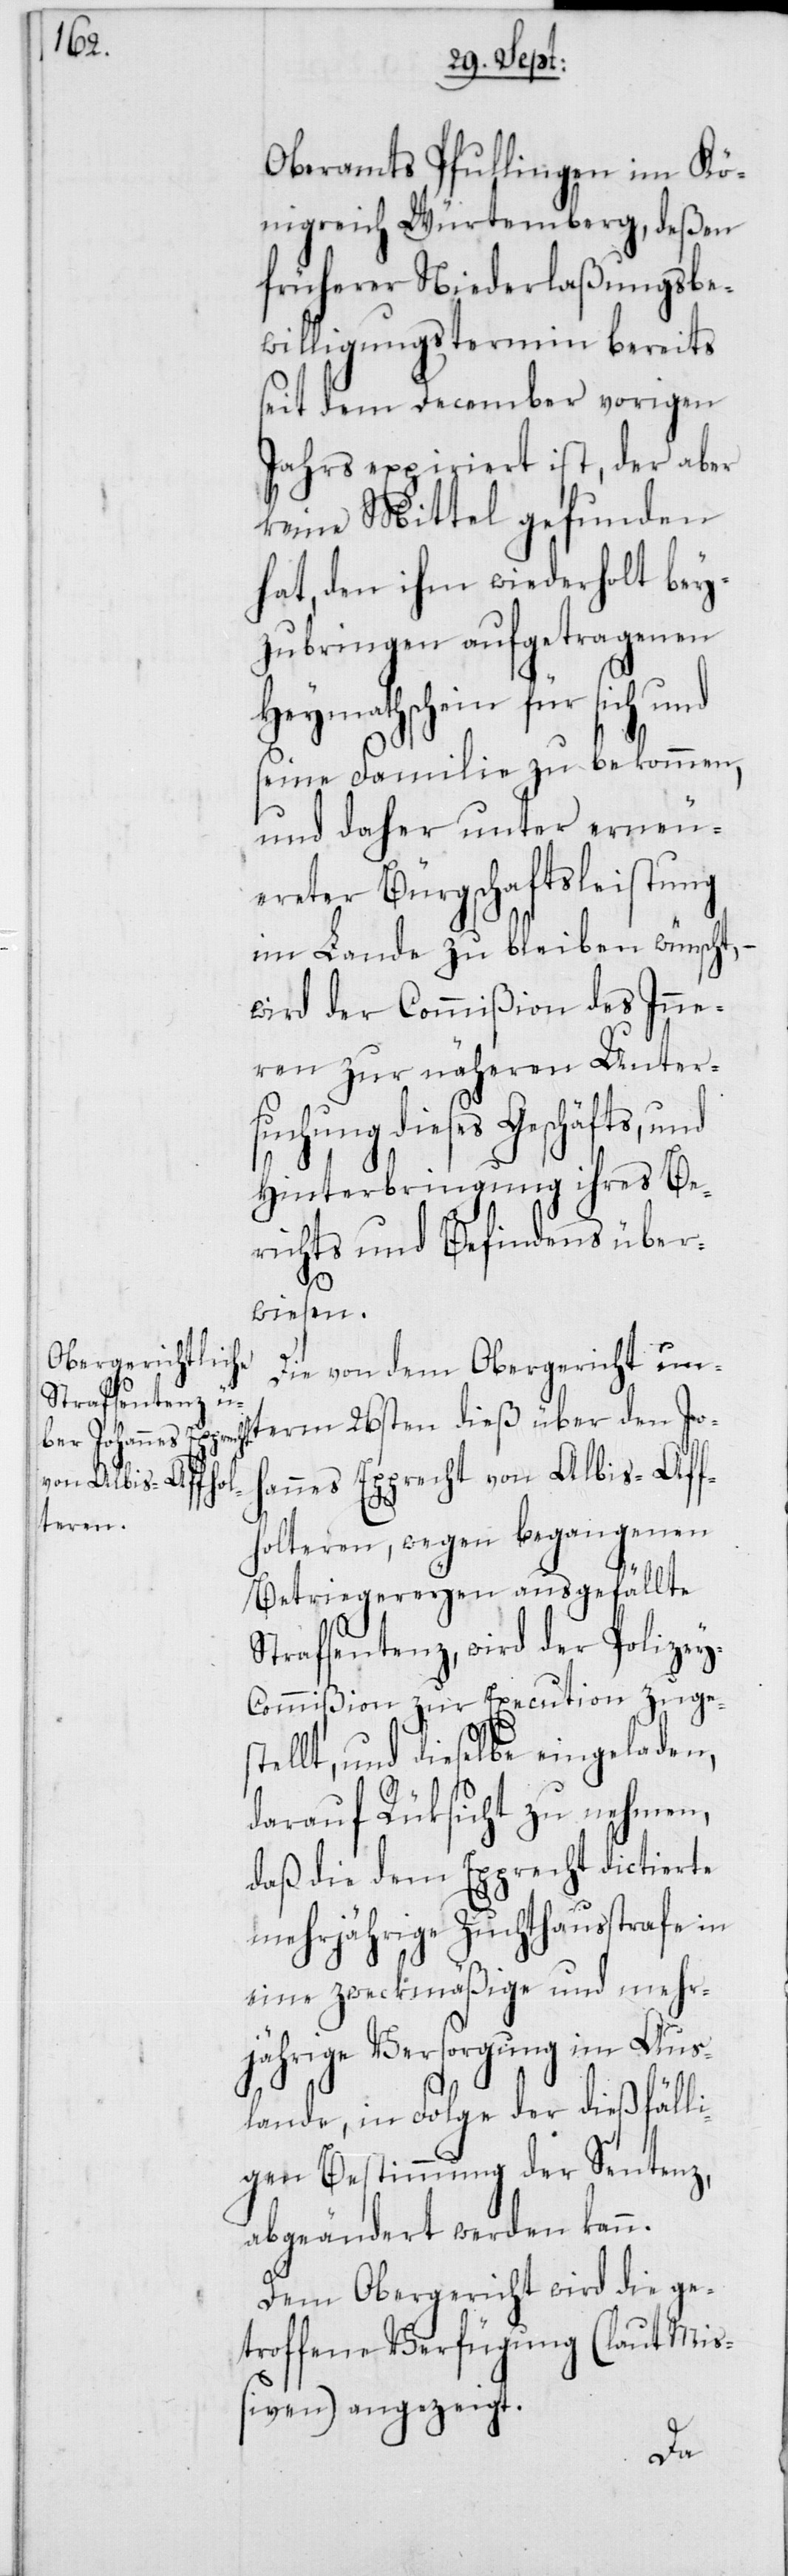
Joh¬

Oberamts Pfullingen im Kö¬
nigreich Würtemberg, deßen
früherer Niederlaßungsbe¬
willigungstermin bereits
seit dem December vorigen
Jahrs expiriert ist, der aber
keine Mittel gefunden
hat, den ihm wiederholt bey¬
zubringen aufgetragenen
Heymathschein für sich und
seine Familie zu bekommen,
und daher unter erneu¬
ereter Bürgschaftsleistung
im Lande zu bleiben wünscht,
wird der Commißion des Inne¬
ren zur näheren Unter¬
suchung dieses Geschäfts, und
Hinterbringung ihres Be¬
richts und Befindens über¬
wiesen.
Die von dem Obergericht un¬
annes Epprecht von Albis-Af¬
folteren, wegen begangenen
Betriegereyen ausgefällte
Strafsentenz, wird der Polizey-C¬
ommißion zur Execution zuges¬
tellt, und dieselbe eingeladen,
darauf Rüksicht zu nehmen,
daß die dem Epprecht dictierte
mehrjährige Zuchthausstrafe in
eine zweckmäßige und mehr¬
jährige Versorgung im Aus¬
lande, in Folge der dießfäll¬
igen Bestimmung der Sentenz,
abgeänderet werden kann.
Dem Obergericht wird die ge¬
troffene Verfügung (laut Mi¬
ßiven) angezeigt.
term